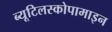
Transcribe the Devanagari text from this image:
ब्यूटिलस्कोपामाइन